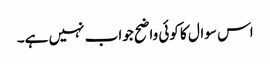
اس سوال کا کوئی واضح جواب نہیں ہے۔